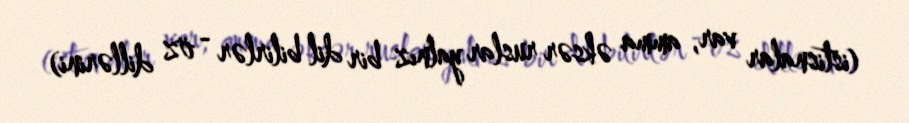
(istisnalar var, amma əksər ruslar yalnız bir dil bilirlər - öz dillərini)